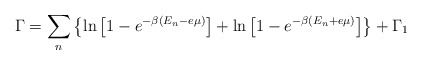
\begin{align*}\Gamma = \sum_{n}\left\{\ln\left[1-e^{-\beta(E_{n}-e\mu)}\right] + \ln\left[1-e^{-\beta(E_{n}+e\mu)}\right]\right\} + \Gamma_{1}\end{align*}